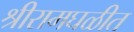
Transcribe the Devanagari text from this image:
श्रीरामघळीत